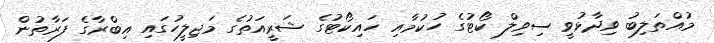
މުއްތަލިބު ވިދާޅުވީ ސިވިލް ކޯޓުގެ ހުކުމާއި ހައިކޯޓުގެ ޝަރީއަތުގެ މަޖިލީހުގައި އިބްރާގެ ފަރާތުން